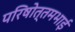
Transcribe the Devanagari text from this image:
परिषोत्तमभाई